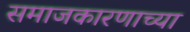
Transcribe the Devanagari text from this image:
समाजकारणाच्या